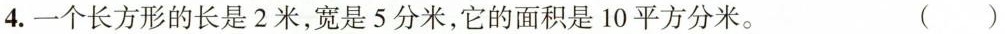
4. 一个长方形的长是 2 米，宽是 5 分米，它的面积是 10 平方分米。 ( )